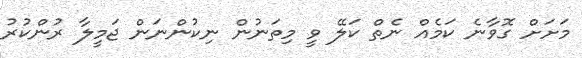
މަށަށް ގޮވާނެ ކަމެއް ނެތް ކަލޭ ވީ މިތަނުން ނިކުންނަން ޖަމީލާ ރުންކުރު